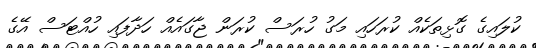
ކުލައިގެ ގޮޅިތަކެއް ކުރަހައި މަގު ހުރަސް ކުރަން ޖާގައެއް ހަދާފައި ހުއްޓަސް އޭގެ